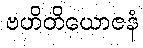
ဗဟိတိယောဇနံ